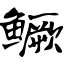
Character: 鳜